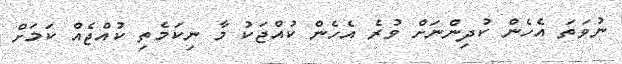
ނުވަތަ އެހެން ކުދިންނަށް ވުރެ އެހެން ކުއްޖަކު މާ ނިކަމެތި ކުއްޖެއް ކަމަށް